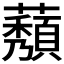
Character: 𬟒